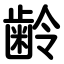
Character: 齢